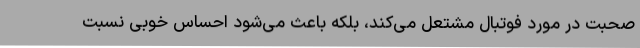
صحبت در مورد فوتبال مشتعل می‌کند، بلکه باعث می‌شود احساس خوبی نسبت